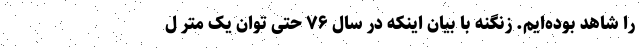
را شاهد بوده‌ایم. زنگنه با بیان اینکه در سال ۷۶ حتی توان یک متر ل